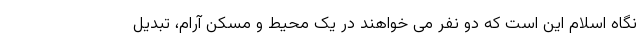
نگاه اسلام این است که دو نفر می خواهند در یک محیط و مسکن آرام، تبدیل